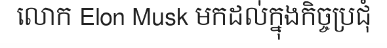
លោក Elon Musk មកដល់ក្នុងកិច្ចប្រជុំ